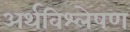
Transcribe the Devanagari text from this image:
अर्थविश्लेषण